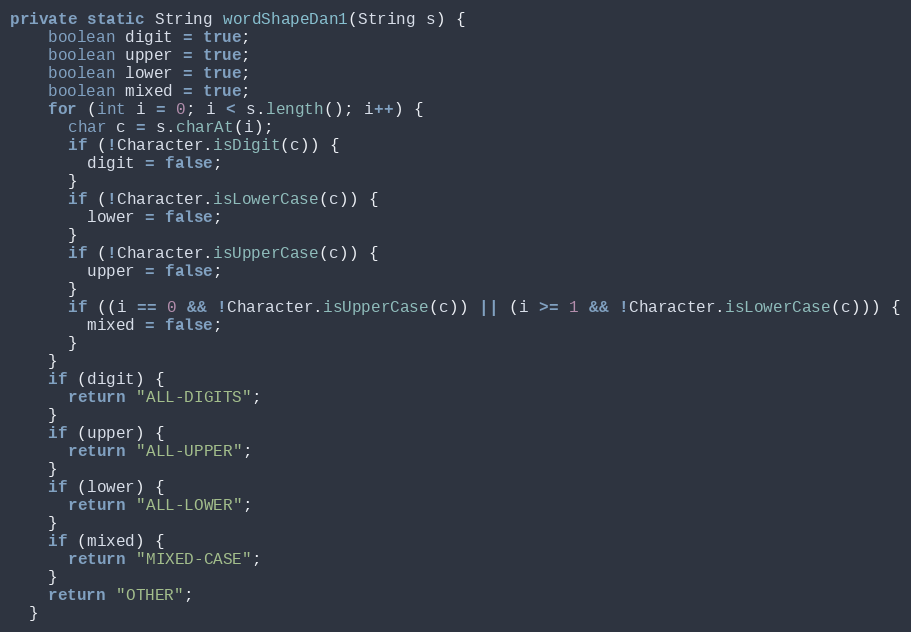
Language: Java
private static String wordShapeDan1(String s) {
    boolean digit = true;
    boolean upper = true;
    boolean lower = true;
    boolean mixed = true;
    for (int i = 0; i < s.length(); i++) {
      char c = s.charAt(i);
      if (!Character.isDigit(c)) {
        digit = false;
      }
      if (!Character.isLowerCase(c)) {
        lower = false;
      }
      if (!Character.isUpperCase(c)) {
        upper = false;
      }
      if ((i == 0 && !Character.isUpperCase(c)) || (i >= 1 && !Character.isLowerCase(c))) {
        mixed = false;
      }
    }
    if (digit) {
      return "ALL-DIGITS";
    }
    if (upper) {
      return "ALL-UPPER";
    }
    if (lower) {
      return "ALL-LOWER";
    }
    if (mixed) {
      return "MIXED-CASE";
    }
    return "OTHER";
  }